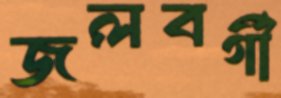
জলবর্গী